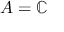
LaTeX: A = \mathbb { C }